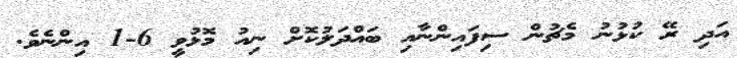
އަދި ރޭ ކުޅުނު މެޗުން ސިފައިންނާއި ބައްދަލުކޮށް ނިއު މޮޅުވީ 6-1 އިންނެވެ.